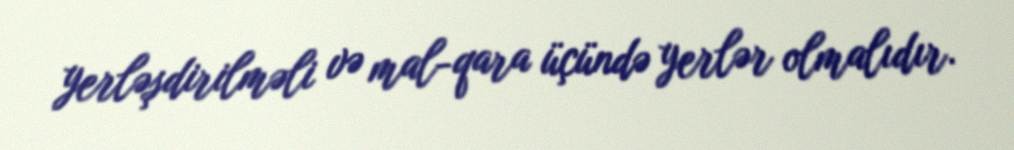
yerləşdirilməli və mal-qara üçündə yerlər olmalıdır.